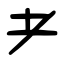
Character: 耂